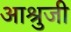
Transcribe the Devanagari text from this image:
आश्रुजी